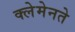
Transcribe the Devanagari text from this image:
क्लेमेनते